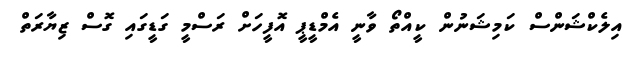
އިލެކްޝަންސް ކަމިޝަނުން ކީއްތޯ ވާނީ އެމްޑީޕީ އޮފީހަށް ރަސްމީ ގަޑީގައި ގޮސް ޒިޔާރަތް